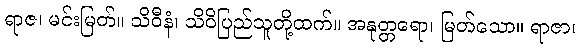
ရာဇ၊ မင်းမြတ်။ သိဝီနံ၊ သိဝိပြည်သူတို့ထက်။ အနုတ္တရော၊ မြတ်သော။ ရာဇာ၊